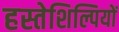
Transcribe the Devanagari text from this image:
हस्तेशिल्पियों